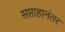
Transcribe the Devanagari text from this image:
सप्ताहानंतर